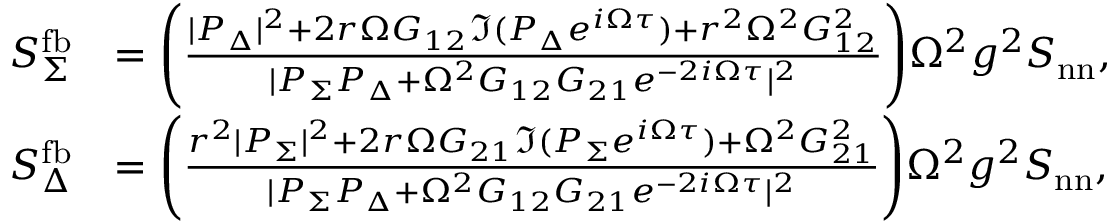
\begin{array} { r l } { S _ { \Sigma } ^ { \mathrm { f b } } } & { = \Bigg ( \frac { | P _ { \Delta } | ^ { 2 } + 2 r \Omega G _ { 1 2 } \Im ( P _ { \Delta } e ^ { i \Omega \tau } ) + r ^ { 2 } \Omega ^ { 2 } G _ { 1 2 } ^ { 2 } } { | P _ { \Sigma } P _ { \Delta } + \Omega ^ { 2 } G _ { 1 2 } G _ { 2 1 } e ^ { - 2 i \Omega \tau } | ^ { 2 } } \Bigg ) \Omega ^ { 2 } g ^ { 2 } S _ { \mathrm { n n } } , } \\ { S _ { \Delta } ^ { \mathrm { f b } } } & { = \Bigg ( \frac { r ^ { 2 } | P _ { \Sigma } | ^ { 2 } + 2 r \Omega G _ { 2 1 } \Im ( P _ { \Sigma } e ^ { i \Omega \tau } ) + \Omega ^ { 2 } G _ { 2 1 } ^ { 2 } } { | P _ { \Sigma } P _ { \Delta } + \Omega ^ { 2 } G _ { 1 2 } G _ { 2 1 } e ^ { - 2 i \Omega \tau } | ^ { 2 } } \Bigg ) \Omega ^ { 2 } g ^ { 2 } S _ { \mathrm { n n } } , } \end{array}